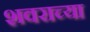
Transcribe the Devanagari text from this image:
शवराच्या